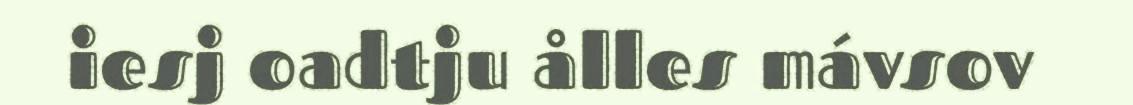
iesj oadtju ålles mávsov